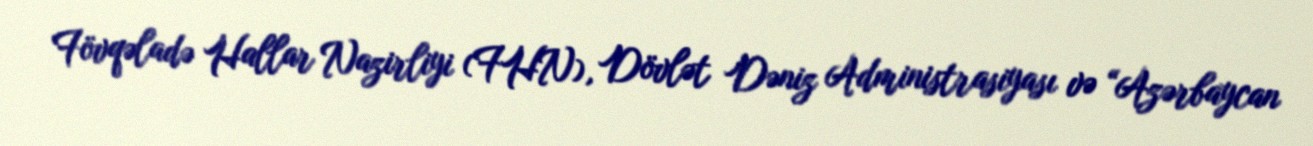
Fövqəladə Hallar Nazirliyi (FHN), Dövlət Dəniz Administrasiyası və “Azərbaycan